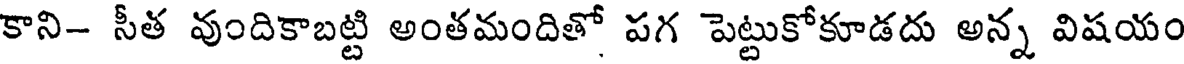
కాని- సీత వుందికాబట్టి అంతమందితో పగ పెట్టుకోకూడదు అన్న విషయం